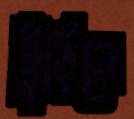
ছুঁড়িলে